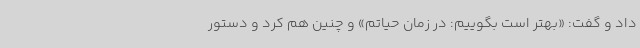
داد و گفت: «بهتر است بگوییم: در زمان حیاتم» و چنین هم کرد و دستور